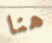
هنا